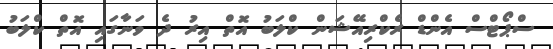
ސްޕޯޓްސް އެންޑް ރެކްރިއޭޝަން ކްލަބު އޮތް އިރު ދެ ވަނާގައި އޮތް ކްލަބު